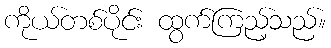
ကိုယ်တစ်ပိုင်း ထွက်ကြည့်သည်။